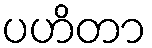
ပဟိတာ